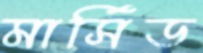
মার্সিড